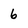
Character: 6